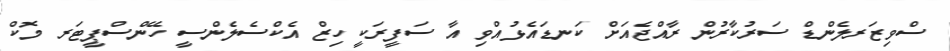
ސްވިޒަރލެންޑް ސަރުކާރުން ރާއްޖެއަށް ކަނޑައެޅުއްވި އާ ސަފީރަކީ ހިޒް އެކްސެލެންސީ ހޭންސްޕީޓަރ މޮކް